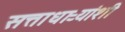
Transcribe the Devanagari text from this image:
सत्ताधाऱ्यांशी